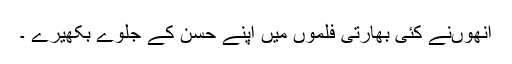
انھوںنے کئی بھارتی فلموں میں اپنے حسن کے جلوے بکھیرے ۔